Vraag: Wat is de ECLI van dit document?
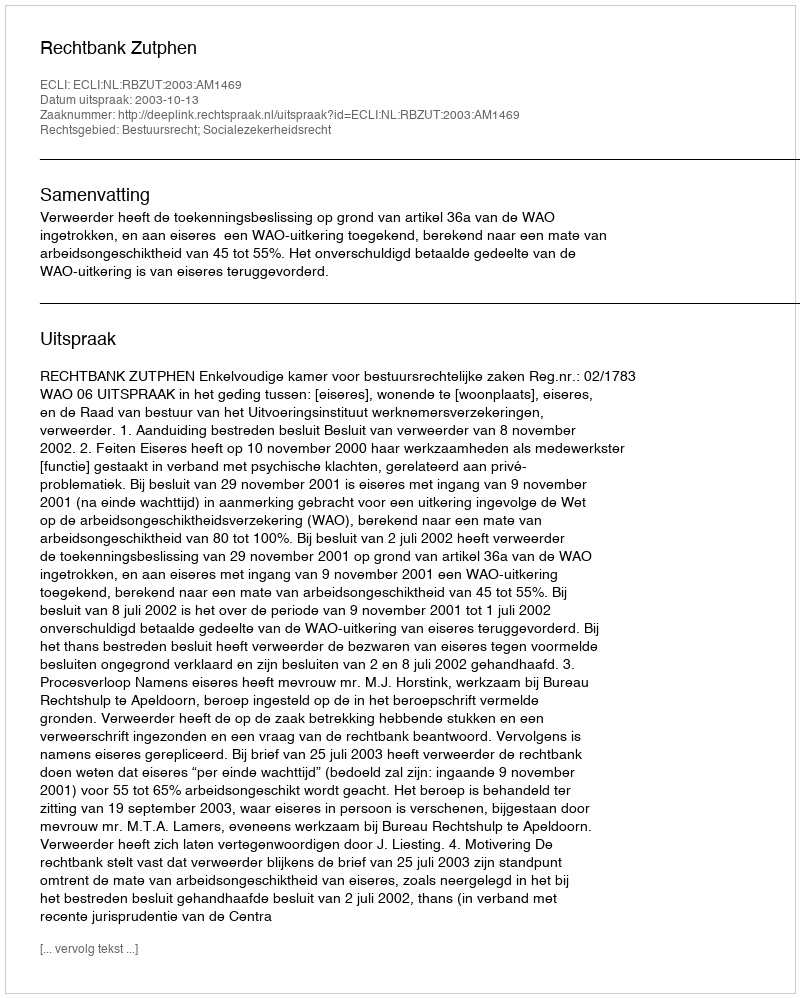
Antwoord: ECLI:NL:RBZUT:2003:AM1469